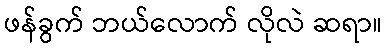
ဖန်ခွက် ဘယ်လောက် လိုလဲ ဆရာ။